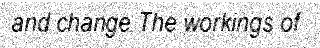
and change The workings of